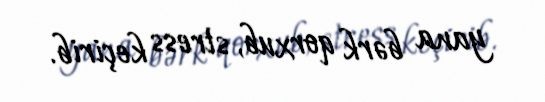
yana bərk qorxub, stress keçirib.